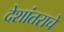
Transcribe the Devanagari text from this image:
देशांतराचे